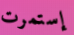
إستمرت